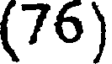
(76)